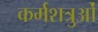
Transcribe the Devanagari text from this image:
कर्मशत्रुओं